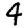
Digit: 4